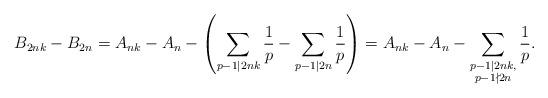
LaTeX: \begin{align*} B_{2nk}-B_{2n}=A_{nk}-A_{n}-\left(\sum_{p-1 \mid 2nk}\frac{1}{p}-\sum_{p-1 \mid 2n}\frac{1}{p}\right)=A_{nk}-A_{n}-\sum_{\substack{p-1 \mid 2nk,\\p-1 \nmid 2n}}\frac{1}{p}.\end{align*}